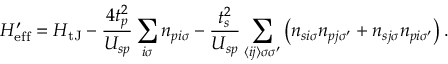
H _ { \mathrm { e f f } } ^ { \prime } = H _ { \mathrm { t J } } - \frac { 4 t _ { p } ^ { 2 } } { U _ { s p } } \sum _ { i \sigma } n _ { p i \sigma } - \frac { t _ { s } ^ { 2 } } { U _ { s p } } \sum _ { \langle i j \rangle \sigma \sigma ^ { \prime } } \left( n _ { s i \sigma } n _ { p j \sigma ^ { \prime } } + n _ { s j \sigma } n _ { p i \sigma ^ { \prime } } \right) .